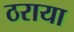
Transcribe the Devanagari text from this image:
ठराया